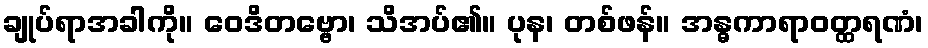
ချုပ်ရာအခါကို။ ဝေဒိတဗ္ဗော၊ သိအပ်၏။ ပုန၊ တစ်ဖန်။ အန္ဓကာရာဝတ္ထရဏံ၊